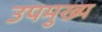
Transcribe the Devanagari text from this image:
उपमुख्य